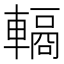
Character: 𮝣